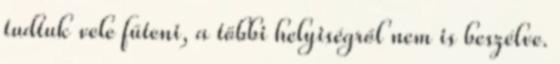
tudtuk vele fűteni, a többi helyiségről nem is beszélve.